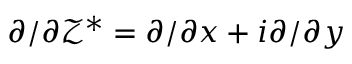
{ \partial } / { \partial \mathcal { Z } ^ { * } } = { \partial } / { \partial x } + i { \partial } / { \partial y }